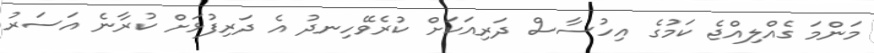
މަންމަ ގެއްލިއްޖެ ކަމުގެ އިހުސާސް ދަރިއަކަށް ކުރެވޭހިނދު އެ ދަރިފުޅަށް ކުރާނެ އަސަރު